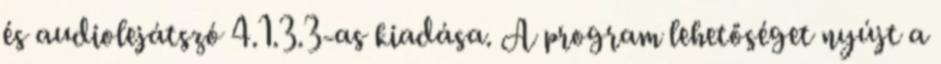
és audiolejátszó 4.1.3.3-as kiadása. A program lehetőséget nyújt a